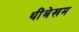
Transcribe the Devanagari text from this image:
थींबेखम